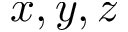
x , y , z